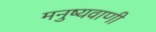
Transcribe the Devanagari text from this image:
मनुष्यवाणी